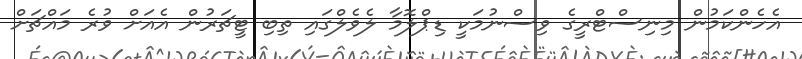
އެހެންކަމުން މިނިސްޓްރީގެ ވިސްނުމަކީ ޑިޕްލޮމާ ލެވެލްގައި ތިބި ޓީޗަރުން އެއަށް ވުރެ މައްޗަށް